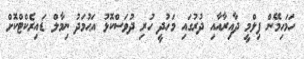
ހަމަހިމޭން ފިލްމީ ދާއިރާއާއި ދުރުގައި މަހުދީ ހުރި ދުވަސްކޮޅު އަޙުމަދު ނިމާލް ޑައިރެކްޓްކޮށް